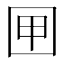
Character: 㘡